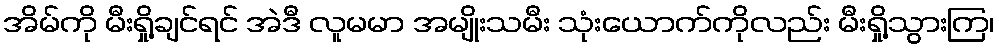
အိမ်ကို မီးရှို့ချင်ရင် အဲဒီ လူမမာ အမျိုးသမီး သုံးယောက်ကိုလည်း မီးရှို့သွားကြ၊